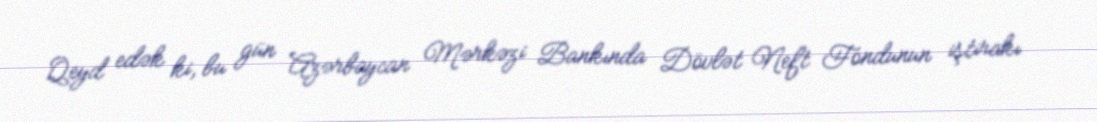
Qeyd edək ki, bu gün Azərbaycan Mərkəzi Bankında Dövlət Neft Fondunun iştirakı